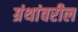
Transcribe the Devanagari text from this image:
ग्रंथांवरील